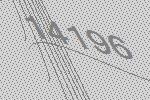
14196